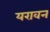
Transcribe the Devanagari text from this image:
यरावन